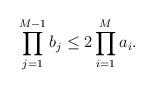
LaTeX: \begin{align*}\prod\limits_{j=1}^{M-1} b_j \leq 2\prod\limits_{i=1}^M a_i .\end{align*}